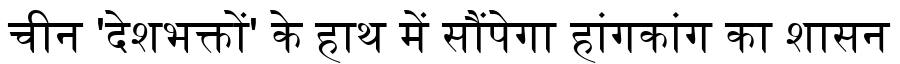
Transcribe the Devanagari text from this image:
चीन 'देशभक्तों' के हाथ में सौंपेगा हांगकांग का शासन